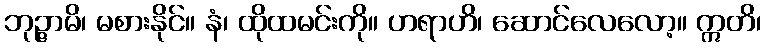
ဘုဉ္ဇာမိ၊ မစားနိုင်။ နံ၊ ထိုထမင်းကို။ ဟရာဟိ၊ ဆောင်လေလော့။ ဣတိ၊